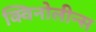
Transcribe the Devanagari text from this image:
क्विनोलीन्स